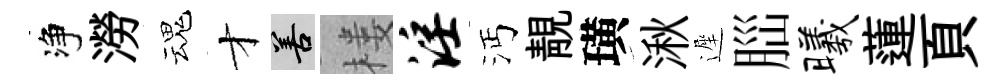
净澇魂才善楼淫沔靚璜湫遲𦛁曦蓮頁